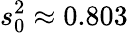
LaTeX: s_{0}^{2}\approx 0.803